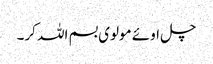
چل اوئے مولوی بسم اللہ کر۔